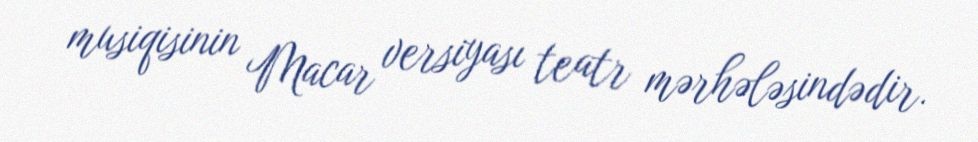
musiqisinin Macar versiyası teatr mərhələsindədir.